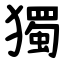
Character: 獨